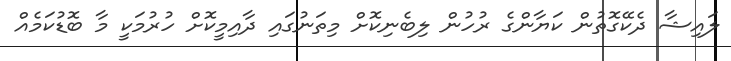
ލައިޝާ ދެކޭގޮތުން ކަޔާންގެ ރުހުން ލިބެނިކޮށް މިތަނުގައި ދާއިމީކޮށް ހުރުމަކީ މާ ބޮޑުކަމެއް